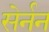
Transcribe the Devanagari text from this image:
सेर्नन